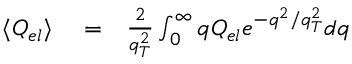
\begin{array} { r l r } { \langle Q _ { e l } \rangle } & { { } = } & { \frac { 2 } { q _ { T } ^ { 2 } } \int _ { 0 } ^ { \infty } q Q _ { e l } e ^ { - q ^ { 2 } / q _ { T } ^ { 2 } } d q } \end{array}